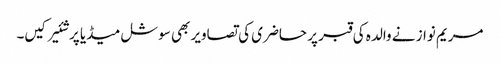
مریم نواز نے والدہ کی قبر پر حاضری کی تصاویر بھی سوشل میڈیا پر شئیر کیں۔